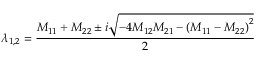
{ \lambda } _ { 1 , 2 } = \frac { M _ { 1 1 } + M _ { 2 2 } \pm i \sqrt { - 4 M _ { 1 2 } M _ { 2 1 } - { ( M _ { 1 1 } - M _ { 2 2 } ) } ^ { 2 } } } { 2 }